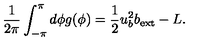
\frac { 1 } { 2 \pi } \int _ { - \pi } ^ { \pi } d \phi g ( \phi ) = \frac { 1 } { 2 } u _ { b } ^ { 2 } b _ { \mathrm { e x t } } - L .